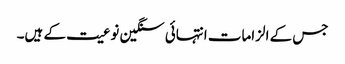
جس کے الزامات انتہائی سنگین نوعیت کے ہیں۔